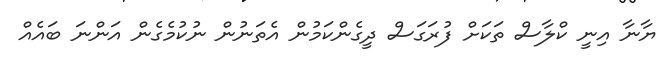
ޔާނާ އިނީ ކްލާސް ތަކަށް ފުރަގަސް ދީގެންކަމުން އެތަނުން ނުކުމެގެން އަންނަ ބައެއް